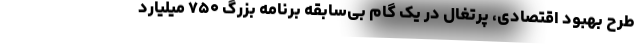
طرح بهبود اقتصادی، پرتغال در یک گام بی‌سابقه برنامه بزرگ ۷۵۰ میلیارد